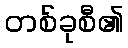
တစ်ခုစီ၏